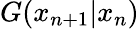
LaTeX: G(x_{n+1}|x_{n})